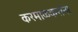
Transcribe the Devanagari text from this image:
करमाळकरांना